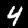
Digit: 4